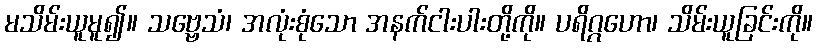
မသိမ်းယူမူ၍။ သဗ္ဗေသံ၊ အလုံးစုံသော အနက်ငါးပါးတို့ကို။ ပရိဂ္ဂဟော၊ သိမ်းယူခြင်းကို။